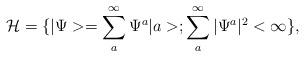
LaTeX: \begin{align*}{\cal{H}}=\{|\Psi>=\sum _a^{\infty} \Psi^a |a>;\sum_a^{\infty} |\Psi^a|^2 < \infty \},\end{align*}